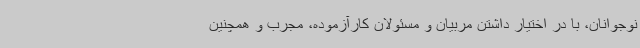
نوجوانان، با در اختیار داشتن مربیان و مسئولان کارآزموده، مجرب و همچنین